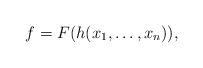
LaTeX: \begin{align*} f=F(h(x_1,\ldots,x_n)),\end{align*}